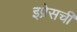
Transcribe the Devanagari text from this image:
इप्रेसची